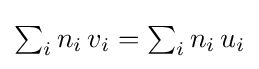
{\textstyle \sum _{i}n_{i}\,v_{i}=\sum _{i}n_{i}\,u_{i}}